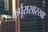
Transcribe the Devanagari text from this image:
कर्पूरासारखा